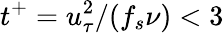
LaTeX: t^{+}=u_{\tau}^{2}/(f_{s}\nu)<3